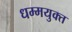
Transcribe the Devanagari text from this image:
धम्मयुक्त